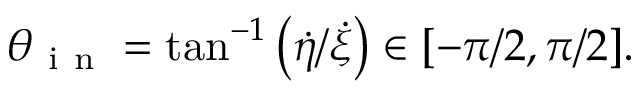
\theta _ { \mathrm { ~ i ~ n ~ } } = \tan ^ { - 1 } \left( \dot { \eta } / \dot { \xi } \right) \in [ - \pi / 2 , \pi / 2 ] .